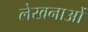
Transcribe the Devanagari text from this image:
लेखनाओं